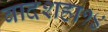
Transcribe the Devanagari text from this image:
बादशहा१४